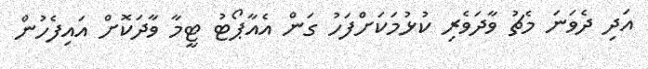
އަދި ދެވަނަ މެޗު ވާދަވެރި ކުޅުމަކަށްފަހު ގަން އެއާޕޯޓު ޓީމާ ވާދަކޮށް އައިފެހުން